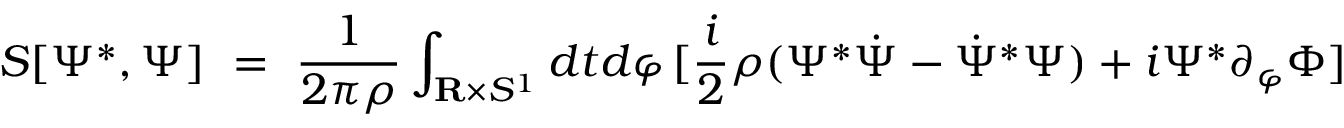
S [ \Psi ^ { * } , \Psi ] \ = \ { \frac { 1 } { 2 \pi \rho } } \int _ { { \bf R } \times S ^ { 1 } } d t d \varphi \, [ { \frac { i } { 2 } } \rho ( \Psi ^ { * } { \dot { \Psi } } - { \dot { \Psi } } ^ { * } \Psi ) + i \Psi ^ { * } \partial _ { \varphi } \Phi ]